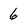
Character: 6